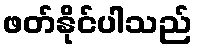
ဖတ်နိုင်ပါသည်